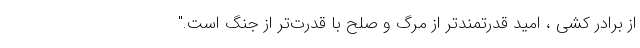
از برادر کشی ، امید قدرتمندتر از مرگ و صلح با قدرت‌تر از جنگ است."